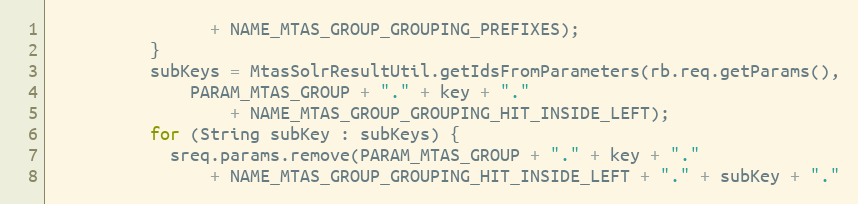
Language: Java
                + NAME_MTAS_GROUP_GROUPING_PREFIXES);
          }
          subKeys = MtasSolrResultUtil.getIdsFromParameters(rb.req.getParams(),
              PARAM_MTAS_GROUP + "." + key + "."
                  + NAME_MTAS_GROUP_GROUPING_HIT_INSIDE_LEFT);
          for (String subKey : subKeys) {
            sreq.params.remove(PARAM_MTAS_GROUP + "." + key + "."
                + NAME_MTAS_GROUP_GROUPING_HIT_INSIDE_LEFT + "." + subKey + "."